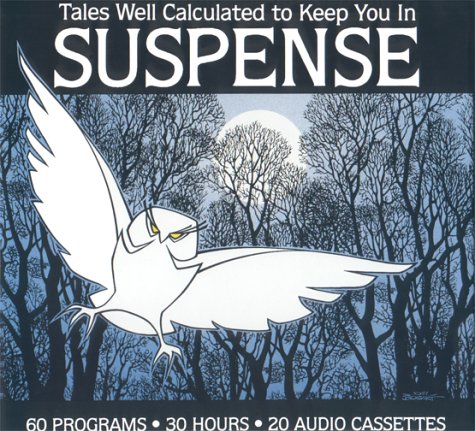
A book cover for Tales Well Calculated to Keep You In Suspense; Radio Spirits; Humor & Entertainment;